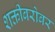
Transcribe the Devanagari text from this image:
शक्तीबरोबर